system: You are a helpful assistant.
user:
Analyze the provided spectrum to determine if it is a **"Cataclysmic Variables (CV)"**.

- **Key Indicators for CV (Check for either state):**
    - **State 1: Quiescent / Low-State (Emission-Dominated)**
        - **(Primary):** Strong and *very broad* Hydrogen Balmer emission lines (e.g., $H\alpha$ at 6563 Å, $H\beta$ at 4861 Å). The 'broadness' (high velocity dispersion, often FWHM > 1000 km/s) is the key diagnostic, indicating a high-velocity accretion disk.
        - **(Secondary):** Broad neutral Helium (He I) emission lines (e.g., 5876 Å, 6678 Å).
        - **(Key Confirmation):** Presence of high-excitation *ionized* Helium (He II) emission at 4686 Å. This is a strong indicator of accretion onto a white dwarf.
        - **(Line Profile):** Emission lines may exhibit a 'double-peaked' profile, which is a classic signature of a rotating accretion disk viewed at high inclination.

    - **State 2: Outburst / High-State (Absorption-Dominated)**
        - **(Primary):** Spectrum is dominated by a bright, blue continuum (looks like a hot star).
        - **(Secondary):** The emission lines from State 1 are weak, absent, or 'filled in', and are replaced by broad, shallow *absorption* lines (primarily Balmer and He I).
        - **(Morphology):** The overall spectrum mimics a hot B/A-type star. The crucial difference is that the absorption lines are significantly broader, shallower, and more 'washed-out' (or 'smeared') than the sharp lines of a normal stellar photosphere, due to high rotational speeds and pressure broadening in the disk.

Think first, call **spectral_visualization_tool** if needed to examine features in detail, then provide your final answer. Your response must adhere to the following strict rules:
1.  **Overall Structure:** Your response must follow the format `<think>...</think> <tool_call>...</tool_call> (if a tool is used) <answer>...</answer>`.
2.  **Tool Usage Constraint:** You may only make **one** tool call per turn.
3.  **Final Answer Format:** In the `<answer>` tag, your conclusion must be inside a `\boxed{}` command (e.g., `\boxed{YES}`), followed by your justification.

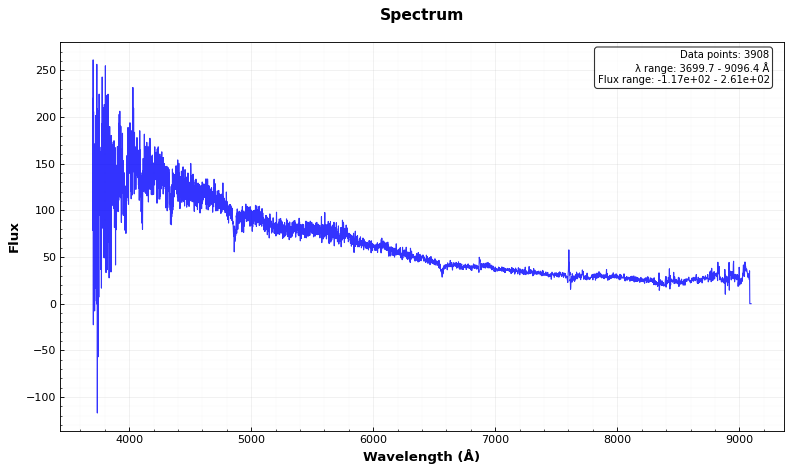
Answer: NO